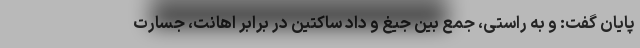
پایان گفت: و به راستی، جمع بین جیغ و داد ساکتین در برابر اهانت، جسارت